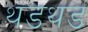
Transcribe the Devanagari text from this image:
थडथड